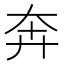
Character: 奔